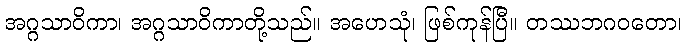
အဂ္ဂသာဝိကာ၊ အဂ္ဂသာဝိကာတို့သည်။ အဟေသုံ၊ ဖြစ်ကုန်ပြီ။ တဿဘဂဝတော၊